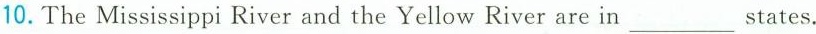
10. The Mississippi River and the Yellow River are in ___ states.